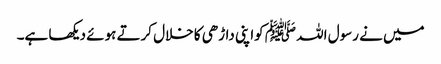
میں نے رسول اللہ ﷺ کواپنی داڑھی کا خلال کرتے ہوئے دیکھا ہے۔